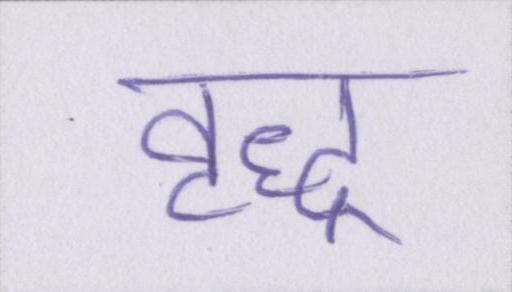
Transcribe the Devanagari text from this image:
वृद्ध